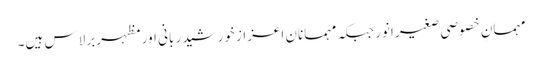
مہمانِ خصوصی صغیر انور جبکہ مہمانانِ اعزاز خورشید ربانی اور مظہر برلاس ہیں۔